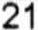
21